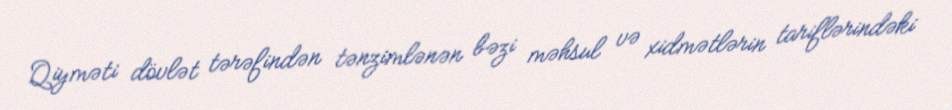
Qiyməti dövlət tərəfindən tənzimlənən bəzi məhsul və xidmətlərin tariflərindəki